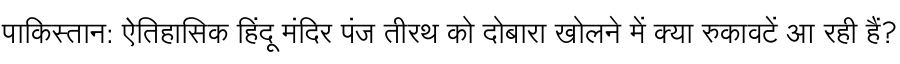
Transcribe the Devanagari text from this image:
पाकिस्तान: ऐतिहासिक हिंदू मंदिर पंज तीरथ को दोबारा खोलने में क्या रुकावटें आ रही हैं?